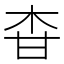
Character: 𤯃